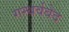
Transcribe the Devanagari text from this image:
गन्धर्ववेद